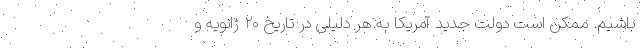
باشیم. ممکن است دولت جدید آمریکا به هر دلیلی در تاریخ ۲۰ ژانویه و